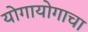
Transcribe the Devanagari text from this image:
योगायोगाचा